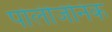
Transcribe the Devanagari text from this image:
पोलीजेनिक